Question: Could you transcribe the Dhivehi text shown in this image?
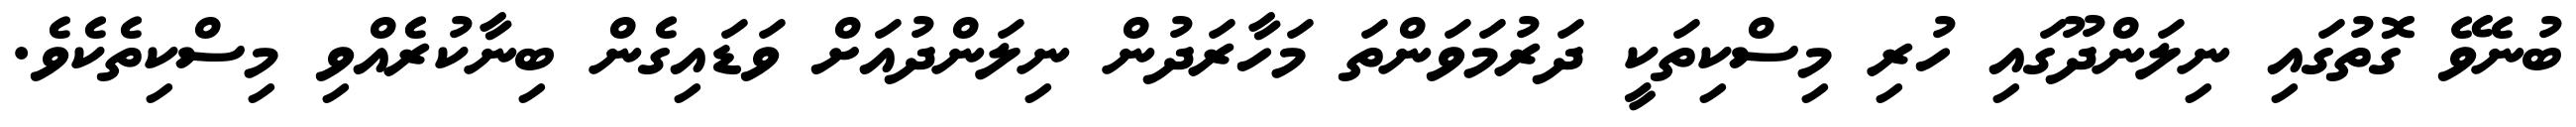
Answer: ބުނެވޭ ގޮތުގައި ނިލަންދޫގައި ހުރި މިސްކިތަކީ ދަރުމަވަންތަ މަހާރަދުން ނިލަންދުއަށް ވަޑައިގެން ބިނާކުރެއްވި މިސްކިތެކެވެ.